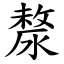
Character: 漦